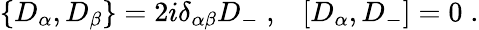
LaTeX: \{ D_{\alpha},D_{\beta}\} =2i\delta_{\alpha\beta}D_{-}\; ,\; \; \; [D_{\alpha},D_{-}]=0\; .